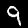
Label: 9